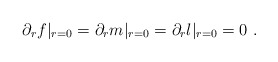
\begin{align*}\partial_r f|_{r=0}= \partial_r m|_{r=0}= \partial_r l|_{r=0}= 0\ . \end{align*}